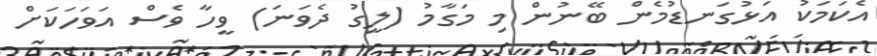
އެކަމަކު އަޅުގަނޑުމެން ބޭނުން މި މަގާމު (ލީގު ދެވަނަ) ވީހާ ވެސް އަވަހަކަށް